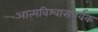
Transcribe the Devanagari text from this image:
आत्मविश्वासपूर्वक